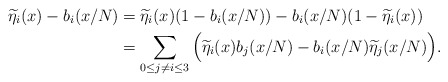
\begin{align*} \widetilde\eta_i(x)-b_i(x/N) & = \widetilde\eta_i(x)(1-b_i(x/N)) -b_i(x/N)(1-\widetilde\eta_i(x)) \\& = \sum\limits_{0\le j \neq i\le 3} \Big( \widetilde\eta_i(x) b_j(x/N) - b_i(x/N) \widetilde\eta_j(x/N) \Big) .\end{align*}